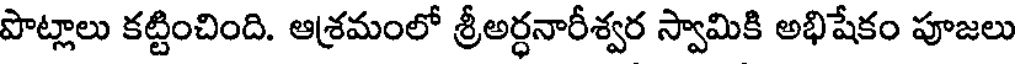
పొట్లాలు కట్టించింది. ఆశ్రమంలో శ్రీఅర్ధనారీశ్వర స్వామికి అభిషేకం పూజలు